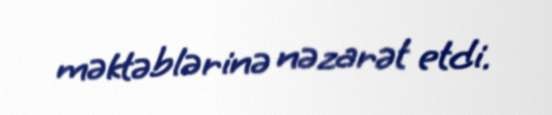
məktəblərinə nəzarət etdi.